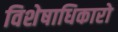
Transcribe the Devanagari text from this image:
विशेषाधिकारो